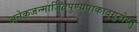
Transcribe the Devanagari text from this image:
अनेकजन्मार्जितपुण्यपाकाद्गुरोस्तु